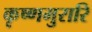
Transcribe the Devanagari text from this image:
कृष्णमुरारि